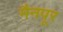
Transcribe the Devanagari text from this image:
मैनपूर